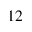
^ { 1 2 }